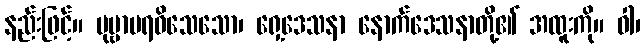
နည်းဖြင့်။ ဗုဗ္ဗာပရဝိသေသော၊ ရှေ့ဒေသနာ နောက်ဒေသနာတို့၏ အထူးကို။ ဝါ၊